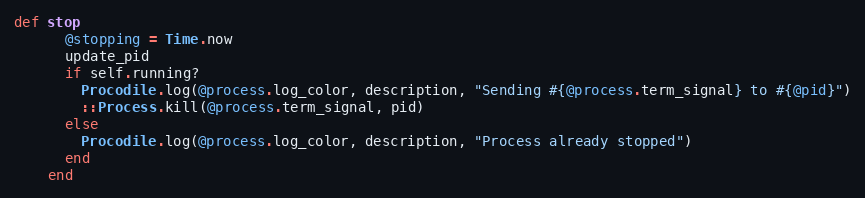
Language: Ruby
def stop
      @stopping = Time.now
      update_pid
      if self.running?
        Procodile.log(@process.log_color, description, "Sending #{@process.term_signal} to #{@pid}")
        ::Process.kill(@process.term_signal, pid)
      else
        Procodile.log(@process.log_color, description, "Process already stopped")
      end
    end